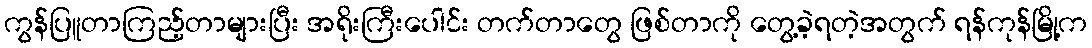
ကွန်ပြူတာကြည့်တာများပြီး အရိုးကြီးပေါင်း တက်တာတွေ ဖြစ်တာကို တွေ့ခဲ့ရတဲ့အတွက် ရန်ကုန်မြို့က